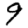
Digit: 9